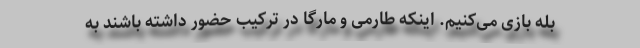
بله بازی می‌کنیم. اینکه طارمی و مارگا در ترکیب حضور داشته باشند به